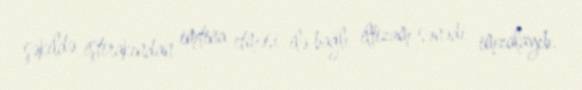
şəkildə iştirakından imtina etməsi ilə bağlı iltizam sənədi imzalayıb.